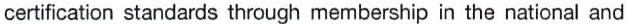
certification standards through membership in the national and